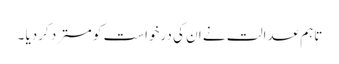
تاہم عدالت نے ان کی درخواست کو مسترد کردیا ۔